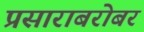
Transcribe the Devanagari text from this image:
प्रसाराबरोबर